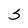
Character: S